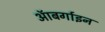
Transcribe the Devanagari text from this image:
ऑबर्गाइन